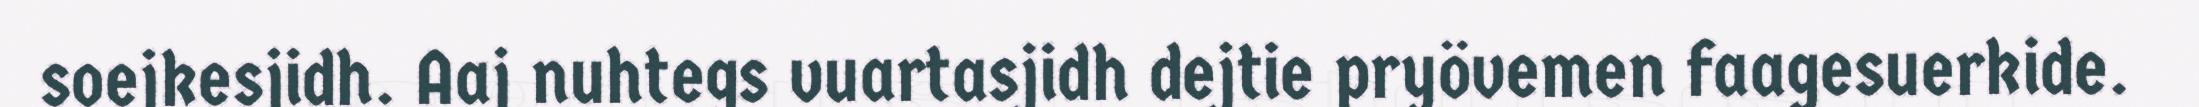
soejkesjidh. Aaj nuhtegs vuartasjidh dejtie pryövemen faagesuerkide.